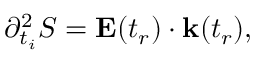
\partial _ { t _ { i } } ^ { 2 } S = \mathbf { E } ( t _ { r } ) \cdot \mathbf { k } ( t _ { r } ) ,